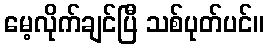
မေ့လိုက်ချင်ပြီ သစ်ပုတ်ပင်။